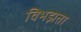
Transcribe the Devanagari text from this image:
विभझता